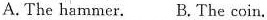
A.The hammer. B.The coin.